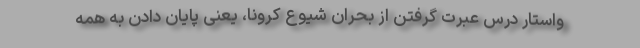
واستار درس عبرت گرفتن از بحران شیوع کرونا، یعنی پایان دادن به همه